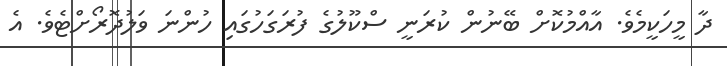
ދާ މީހަކީމެވެ. އާއްމުކޮށް ބޭނުން ކުރަނީ ސްކޫލުގެ ފުރަގަހުގައި ހުންނަ ވަލުދޮރޯށްޓެވެ. އެ